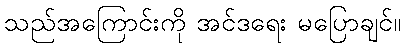
သည်အကြောင်းကို အင်ဒရေး မပြောချင်။